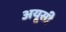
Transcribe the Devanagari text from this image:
अयूसी